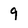
Character: 9